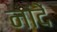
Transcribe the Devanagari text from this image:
नांदें